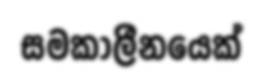
සමකාලීනයෙක්